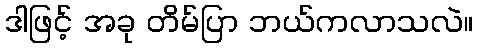
ဒါဖြင့် အခု တိမ်ပြာ ဘယ်ကလာသလဲ။